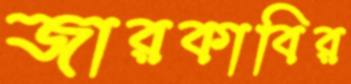
জারকাবির